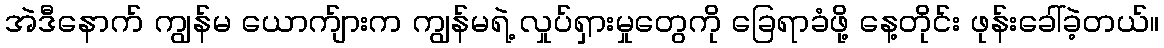
အဲဒီနောက် ကျွန်မ ယောက်ျားက ကျွန်မရဲ့ လှုပ်ရှားမှုတွေကို ခြေရာခံဖို့ နေ့တိုင်း ဖုန်းခေါ်ခဲ့တယ်။